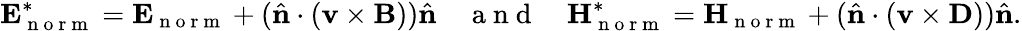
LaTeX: \mathbf{E}_{\mathrm{~n~o~r~m~}}^{*}=\mathbf{E}_{\mathrm{~n~o~r~m~}}+(\hat{\mathbf{n}}\cdot(\mathbf{v}\times\mathbf{B}))\hat{\mathbf{n}}\quad\mathrm{~a~n~d~}\quad\mathbf{H}_{\mathrm{~n~o~r~m~}}^{*}=\mathbf{H}_{\mathrm{~n~o~r~m~}}+(\hat{\mathbf{n}}\cdot(\mathbf{v}\times\mathbf{D}))\hat{\mathbf{n}}.